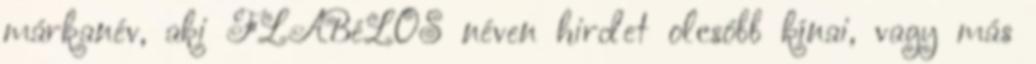
márkanév, aki FLABéLOS néven hirdet olcsóbb kínai, vagy más